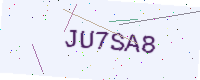
Text: JU7SA8